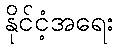
နိုင်ငံ့အရေး